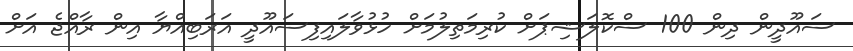
ސައޫދީން ދިން 100 ސްކޮލަޝިޕަށް ކުރިމަތިލުމަށް ހުޅުވާލައިފިސައޫދީ އަރަބިއްޔާ އިން ރާއްޖެ އަށް